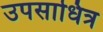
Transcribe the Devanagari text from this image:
उपसाधित्र